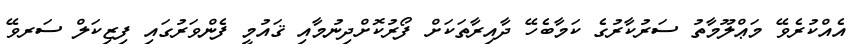
އެއްކުރެވޭ މަޢްލޫމާތު ސަރުކާރުގެ ކަމާބެހޭ ދާއިރާތަކަށް ފޯރުކޮށްދިނުމާއި ޤައުމީ ފެންވަރުގައި ފިޒިކަލް ސަރވޭ